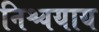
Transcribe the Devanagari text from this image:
निश्चयाय